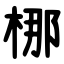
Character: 梛